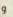
و